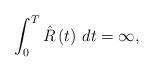
LaTeX: \begin{align*} \int_0^T \hat{R}\left(t\right)\,dt=\infty, \end{align*}